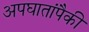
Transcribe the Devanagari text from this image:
अपघातांपैकी